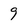
Character: 9